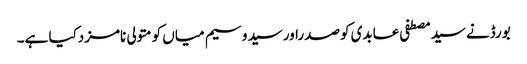
بورڈنے سیدمصطفی عابدی کوصدراورسید وسیم میاں کومتولی نامزدکیا ہے۔